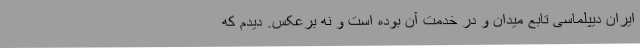
ایران دیپلماسی تابع میدان و در خدمت آن بوده است و نه برعکس. دیدم که